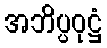
အဘိပ္ပဝုဋ္ဌံ